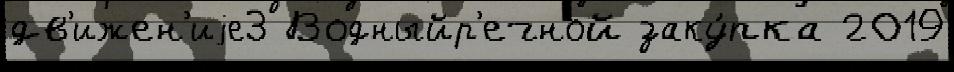
дв'ижен'иjе3 Водныйр'ечной заку́пка 2019